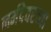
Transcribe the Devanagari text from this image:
नर्मदेवरच्या